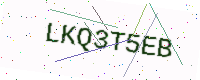
Text: LKQ3T5EB